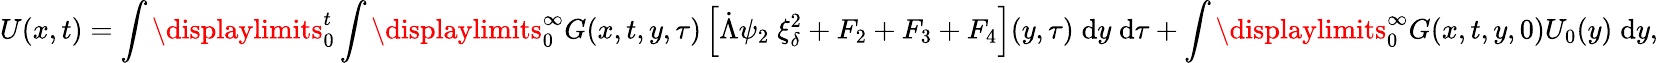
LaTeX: U(x,t)=\int\displaylimits_{0}^{t}\int\displaylimits_{0}^{\infty}G(x,t,y,\tau)\left[\dot{\Lambda}\psi_{2}\; \xi_{\delta}^{2}+F_{2}+F_{3}+F_{4}\right](y,\tau)\; \mathrm{d}y\; \mathrm{d}\tau+\int\displaylimits_{0}^{\infty}G(x,t,y,0)U_{0}(y)\; \mathrm{d}y,